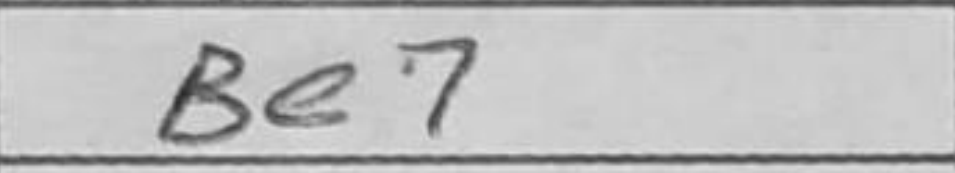
Transcription: Be7